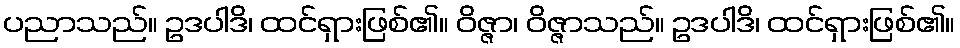
ပညာသည်။ ဥဒပါဒိ၊ ထင်ရှားဖြစ်၏။ ဝိဇ္ဇာ၊ ဝိဇ္ဇာသည်။ ဥဒပါဒိ၊ ထင်ရှားဖြစ်၏။